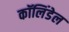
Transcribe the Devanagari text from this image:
कॉलिंडेल